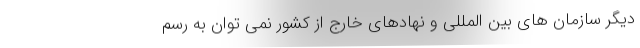
دیگر سازمان های بین المللی و نهادهای خارج از کشور نمی توان به رسم